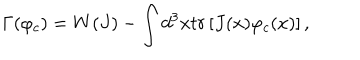
\Gamma ( \varphi _ { c } ) = W ( J ) - \int d ^ { 3 } x t r \left[ J ( x ) \varphi _ { c } ( x ) \right] ,